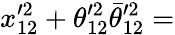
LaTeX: x_{12}^{\prime 2}+\theta_{12}^{\prime 2}\bar{\theta}_{12}^{\prime 2}=